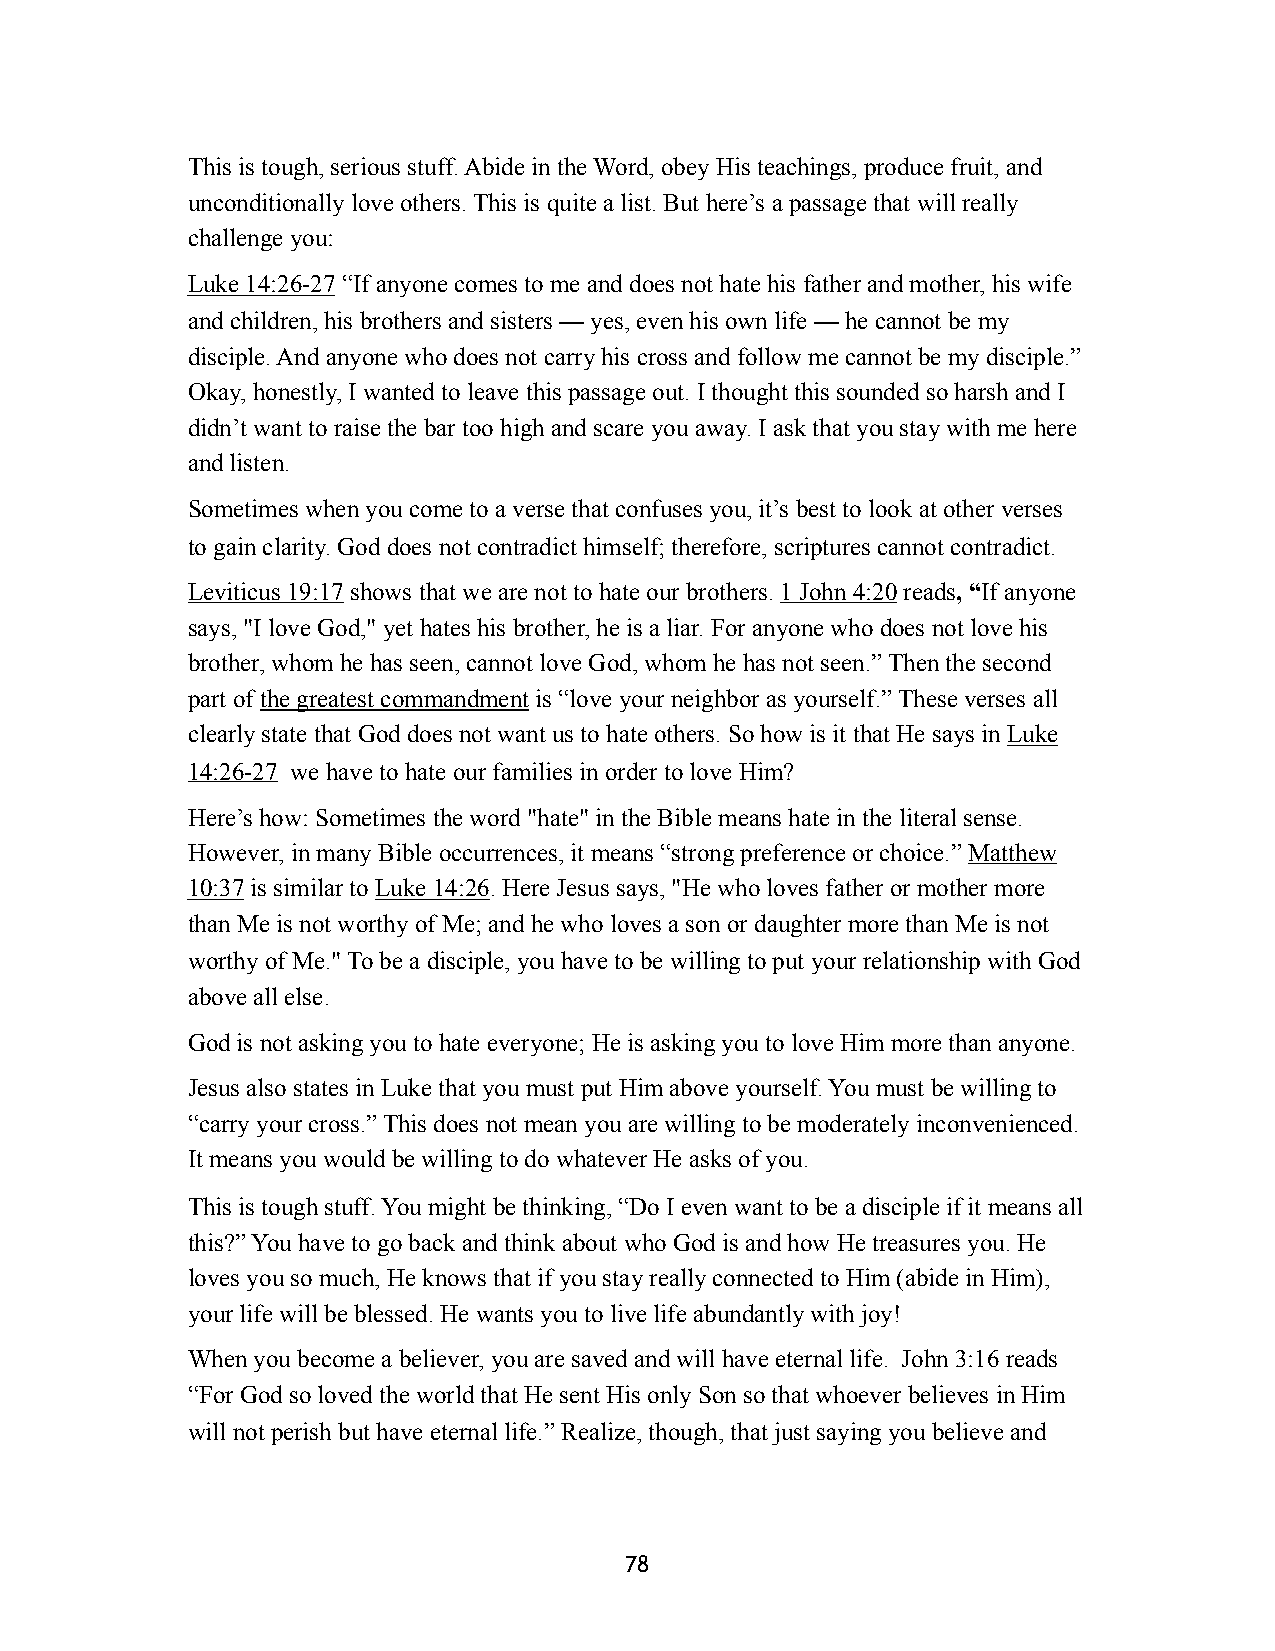
This is tough, serious stuff. Abide in the Word, obey His teachings, produce fruit, and
 unconditionally love others. This is quite a list. But here’s a passage that will really
 challenge you:
 Luke 14:26-27 “If anyone comes to me and does not hate his father and mother, his wife
 and children, his brothers and sisters — yes, even his own life — he cannot be my
 disciple. And anyone who does not carry his cross and follow me cannot be my disciple.”
 Okay, honestly, I wanted to leave this passage out. I thought this sounded so harsh and I
 didn’t want to raise the bar too high and scare you away. I ask that you stay with me here
 and listen.
 Sometimes when you come to a verse that confuses you, it’s best to look at other verses
 to gain clarity. God does not contradict himself; therefore, scriptures cannot contradict.
 Leviticus 19:17 shows that we are not to hate our brothers. 1 John 4:20 reads, “If anyone
 says, "I love God," yet hates his brother, he is a liar. For anyone who does not love his
 brother, whom he has seen, cannot love God, whom he has not seen.” Then the second
 part of the greatest commandment is “love your neighbor as yourself.” These verses all
 clearly state that God does not want us to hate others. So how is it that He says in Luke
 14:26-27 we have to hate our families in order to love Him?
 Here’s how: Sometimes the word "hate" in the Bible means hate in the literal sense.
 However, in many Bible occurrences, it means “strong preference or choice.” Matthew
 10:37 is similar to Luke 14:26. Here Jesus says, "He who loves father or mother more
 than Me is not worthy of Me; and he who loves a son or daughter more than Me is not
 worthy of Me." To be a disciple, you have to be willing to put your relationship with God
 above all else.
 God is not asking you to hate everyone; He is asking you to love Him more than anyone.
 Jesus also states in Luke that you must put Him above yourself. You must be willing to
 “carry your cross.” This does not mean you are willing to be moderately inconvenienced.
 It means you would be willing to do whatever He asks of you.
 This is tough stuff. You might be thinking, “Do I even want to be a disciple if it means all
 this?” You have to go back and think about who God is and how He treasures you. He
 loves you so much, He knows that if you stay really connected to Him (abide in Him),
 your life will be blessed. He wants you to live life abundantly with joy!
 When you become a believer, you are saved and will have eternal life. John 3:16 reads
 “For God so loved the world that He sent His only Son so that whoever believes in Him
 will not perish but have eternal life.” Realize, though, that just saying you believe and
 78